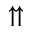
\upuparrows